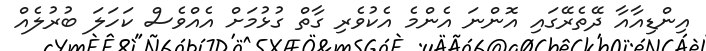
އިންޑިއާއާ ދޭތެރޭގައި އޮންނަ އެންމެ އެކުވެރި ގާތް ގުޅުމަށް އެއްވެސް ކަހަލަ ބުރުލެއް